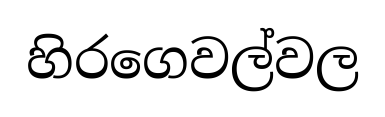
හිරගෙවල්වල